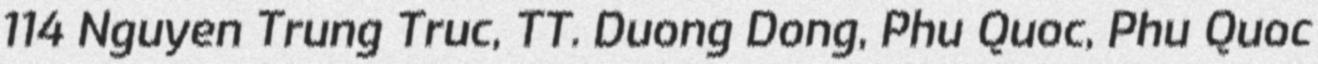
114 Nguyen Trung Truc, TT. Duong Dong, Phu Quoc, Phu Quoc